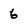
Character: 6